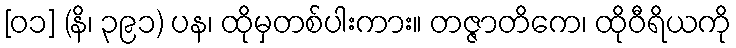
[၀၁] (နိ၊ ၃၉၁) ပန၊ ထိုမှတစ်ပါးကား။ တဇ္ဇာတိကေ၊ ထိုဝီရိယကို